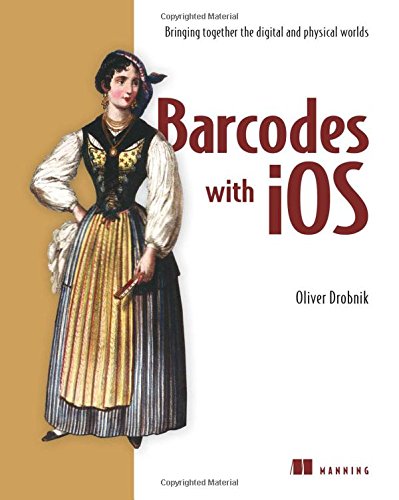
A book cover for Barcodes with iOS: Bringing together the digital and physical worlds; Oliver Drobnik; Computers & Technology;